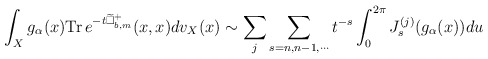
\begin{align*}\int_X g_\alpha(x)\mathrm{Tr}\,e^{-t\widetilde\Box^+_{b, m}}(x, x)dv_X(x)\sim \sum_j\sum_{s=n, n-1,\cdots}t^{-s}\int_0^{2\pi} J_s^{(j)}(g_\alpha(x))du\end{align*}